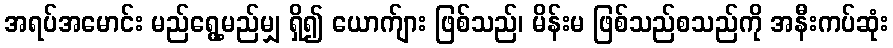
အရပ်အမောင်း မည်ရွေ့မည်မျှ ရှိ၍ ယောက်ျား ဖြစ်သည်၊ မိန်းမ ဖြစ်သည်စသည်ကို အနီးကပ်ဆုံး